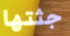
جثتها